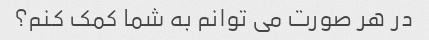
در هر صورت می توانم به شما کمک کنم؟